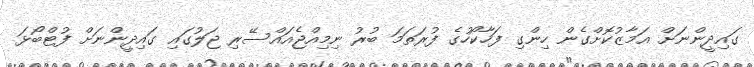
ގައިދީންނަށް އަމާޒުކޮށްގެން ހިންގި ފަހާކޯހުގެ ފުރަތަމަ ބުރު ނިމިއްޖެއައްސޭރި ޖަލުގައި ގައިދީންނަށް ފުޓްބޯޅަ